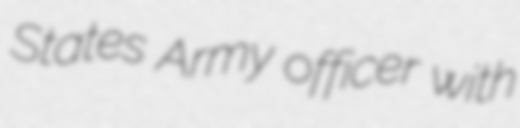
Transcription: States Army officer with